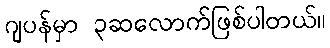
ဂျပန်မှာ ၃ဆလောက်ဖြစ်ပါတယ်။